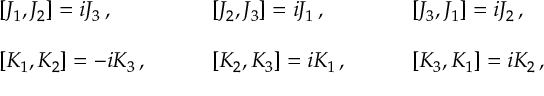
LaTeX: \begin{array} { l l l } { { { } [ J _ { 1 } , J _ { 2 } ] = i J _ { 3 } \, , ~ ~ ~ } } & { { ~ ~ ~ { } [ J _ { 2 } , J _ { 3 } ] = i J _ { 1 } \, , ~ ~ ~ } } & { { ~ ~ ~ { } [ J _ { 3 } , J _ { 1 } ] = i J _ { 2 } \, , } } \\ { { { } } } & { { { } } } & { { { } } } \\ { { { } [ K _ { 1 } , K _ { 2 } ] = - i K _ { 3 } \, , ~ ~ ~ } } & { { ~ ~ ~ { } [ K _ { 2 } , K _ { 3 } ] = i K _ { 1 } \, , ~ ~ ~ } } & { { ~ ~ ~ { } [ K _ { 3 } , K _ { 1 } ] = i K _ { 2 } \, , } } \end{array}